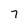
Character: 7